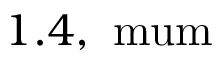
1 . 4 , \mathrm { { \ m u m } }